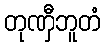
တုဏှီဘူတံ